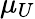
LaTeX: \mu_{U}